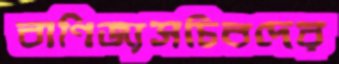
বাণিজ্যসচিবদের